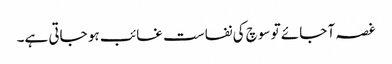
غصہ آ جائے تو سوچ کی نفاست غائب ہو جاتی ہے۔